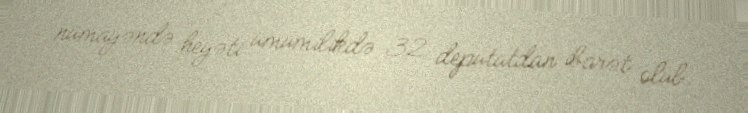
nümayəndə heyəti ümumilikdə 32 deputatdan ibarət olub.